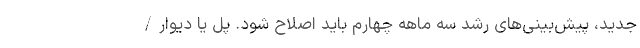
جدید، پیش‌بینی‌های رشد سه ماهه چهارم باید اصلاح شود. پُل یا دیوار/